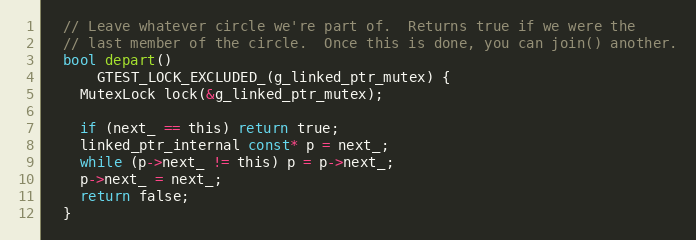
Language: C
  // Leave whatever circle we're part of.  Returns true if we were the
  // last member of the circle.  Once this is done, you can join() another.
  bool depart()
      GTEST_LOCK_EXCLUDED_(g_linked_ptr_mutex) {
    MutexLock lock(&g_linked_ptr_mutex);

    if (next_ == this) return true;
    linked_ptr_internal const* p = next_;
    while (p->next_ != this) p = p->next_;
    p->next_ = next_;
    return false;
  }